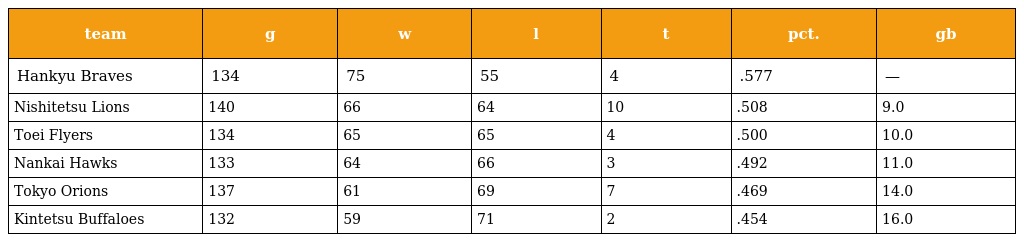
| team | g | w | l | t | pct. | gb |
 | --- | --- | --- | --- | --- | --- | --- |
 | Hankyu Braves | 134 | 75 | 55 | 4 | .577 | — |
 | Nishitetsu Lions | 140 | 66 | 64 | 10 | .508 | 9.0 |
 | Toei Flyers | 134 | 65 | 65 | 4 | .500 | 10.0 |
 | Nankai Hawks | 133 | 64 | 66 | 3 | .492 | 11.0 |
 | Tokyo Orions | 137 | 61 | 69 | 7 | .469 | 14.0 |
 | Kintetsu Buffaloes | 132 | 59 | 71 | 2 | .454 | 16.0 |